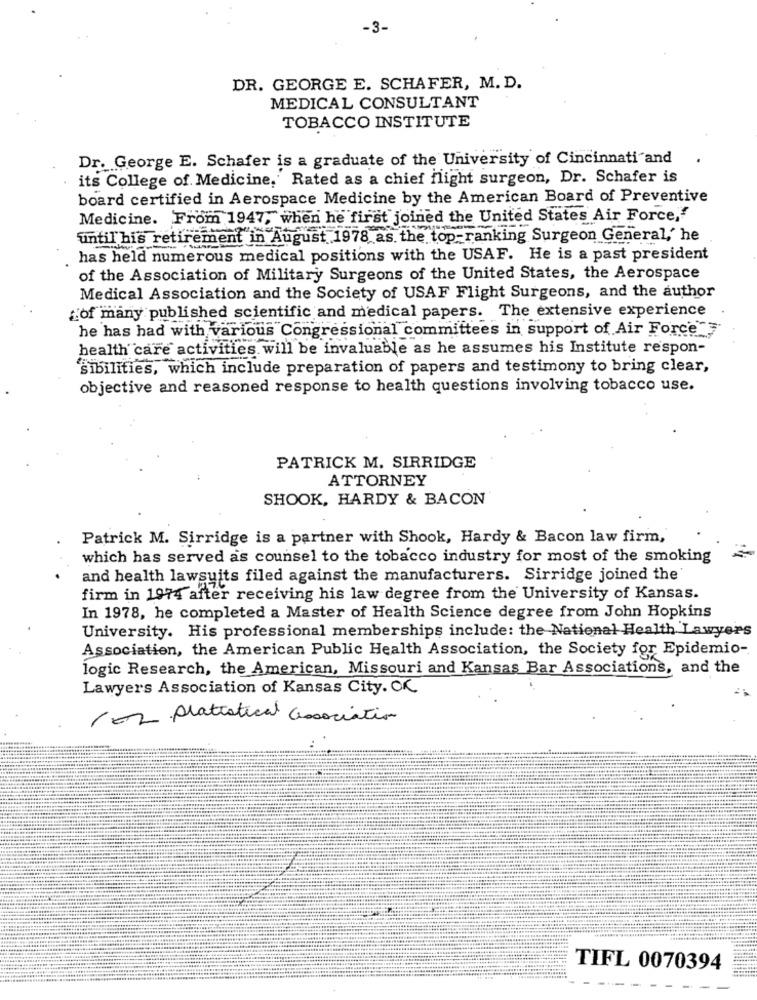
-3-
DR. GEORGE E. SCHAFER, M. D.
MEDICAL CONSULTANT
TOBACCO INSTITUTE
Dr. George E. Schafer is a graduate of the University of Cincinnati"and
its College of Medicine, Rated as a chief flight surgeon, Dr. Schafer is
board certified in Aerospace Medicine by the American Board of Preventive
Medicine. From 1947, when he first joined the United States Air Force,"
until his retirement
ment in August 1978 as. the top-ranking Surgeon General,' he
has held numerous medical positions with the USAF. He is a past president
of the Association of Military Surgeons of the United States, the Aerospace
Medical Association and the Society of USAF Flight Surgeons, and the author
of many published scientific and medical papers. The extensive experience
he has had with various Congressional committees in support of Air Force
health care activities will be invaluable as he assumes his Institute respon-
sibilities, which include preparation of papers and testimony to bring clear,
objective and reasoned response to health questions involving tobacco use.
PATRICK M. SIRRIDGE
ATTORNEY
SHOOK, HARDY & BACON
Patrick M. Sirridge is a partner with Shook, Hardy & Bacon law firm,
which has served as counsel to the tobacco industry for most of the smoking
and health lawsuits filed against the manufacturers. Sirridge joined the'
firm in 1974 after receiving his law degree from the University of Kansas.
In 1978, he completed a Master of Health Science degree from John Hopkins
University. His professional memberships include: the National Health Lawyers
Association, the American Public Health Association, the Society for Epidemio-
logic Research, the American, Missouri and Kansas Bar Associations, and the
Lawyers Association of Kansas City. OK
102 pratistical association
TIFL 0070394